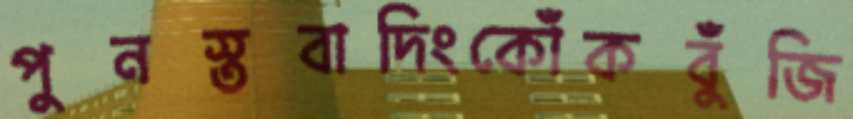
পুনস্তবাদিংকোঁকবুঁজি